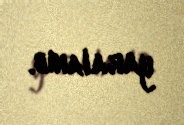
yaralanıb.